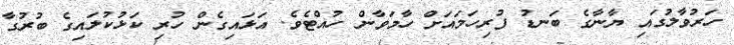
ހަރުވާލުގައި ޔާނާގެ ބަނޑު ފުރިހަމައަށް ހާމަވާން ހުއްޓެވެ. އަޅައިގެން ހުރި ކަޅުކުލައިގެ ބުރުގާ